Vital statistics of India. Vol. VI, European troops 1870-79
Year: 1870
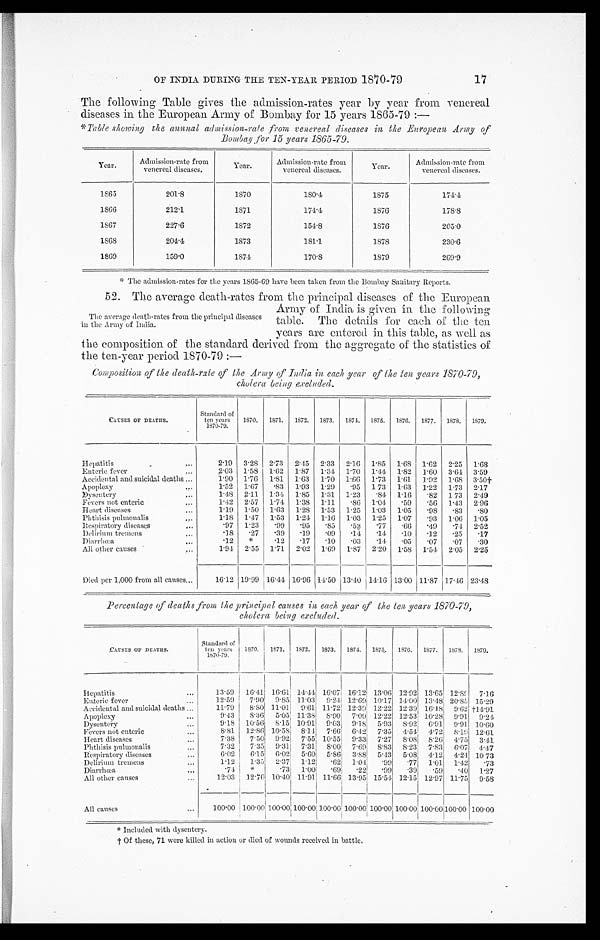
OF INDIA DURING THE TEN-YEAR PERIOD 1870-79
17
The following Table gives the admission-rates year by year from venereal
diseases in the European Army of Bombay for 15 years 1865-79 :—
*Table showing the annual admission-rate from venereal diseases in the European Army of
Bombay for 15 years 1865-79.
Year .
Admission-rate from
venereal diseases.
Year.
Admission-rate from
venereal diseases.
Year
Admission-rate from
venereal diseases.
1865
201.8
1870
180.4
1875
174.4
1866
212.1
1871
174.4
1 8 7 6
178.8
1867
227.6
1872
154.8
1876
205.0
1868
204.4
1873
181.1
1878
230.6
1869
159.0
1 8 7 4
1 7 0 . 8
1879
269.9
*The admission-rates for the years 1865-69 have been taken from the Bombay Sanitary Reports.
52. The average death-rates from the principal diseases of the European
Army of India is given in the following
The average death-rates from the principal diseases
table.
The details for each of the ten
in the Army of India.
years are entered in this table, as well as
the composition of the standard derived from the aggregate of the statistics of
the ten-year period 1870-79 :—
Composition of the death-rale of the Army of India in each year of the ten years 1870-79,
cholera being excluded.
CAUSES OF DEATHS.
Standard of
ten years
1870-79.
1870.
1871.
1872.
1873.
1874.
1875.
1876.
1877.
1878.
1879.
Hepatitis
...
2.19 3.28 2.73 2.45 2.33 2.16 1.85 1.68 1.62 2.25 1.68
Enteric fever
...
2.03 1.58 1.62 1.87 1.34 170 1.44 1.82 1.60 3.64 3.59
Accidental and suicidal deaths ...
1.90 1.76 1.81 1.63 1.70 1.66 1.73 1.61 1 .92 1.68 3.50t
Apoplexy
...
1.52 1.67
.83 1.93 1.29
.95 1.73 1.63 1.22 1.73 2.17
Dysentery ...
1.48 2.. 1 1 1.34 1.85 1.31 1.23
.84 1 . 16 .82 1.73 2.49
Fevers not enteric...
1.42 2.57 1.74 1.38 1.11
.86 1.04
.59
.56 1 .43 2.96
Heart diseases
. . .
1.19 1.50 1.63 1..28 1.53 1.25 1.03 1.05
.98
.83
.80
Phthisis pulmonalis
...
1.18 1.47 1.53 1 . 24 1.16 1.03 1.25 1.07
.93 1.06 1.05
Respiratory diseases ...
.97 1.23
.99
.95
.85
.52
.77
. 6 6 .49
.74 2.52
Delirium tremens
...
18
.27
.39
.19
.09
.11
.14
.10
.12
.25
.17
Diarrhœa
...
.12
*
.12
.17
.1.0
.03
.14 .05
.07
.07
.30
All other causes...
1.94 2.55 1.71 2.. 0 2 1.69 1.87 2.20 1.58 1.54 2.05 2.25
Died per 1,000 from all causes...
16.12 19.99 i 16.44 16 . 96 14.50 13.40 14.16 13.00 11.87 17.16 23.48
Percentage of deaths front the principal causes in eachc year of the ten years 1870-79,
cholera being excluded.
CAUSES OP DEATHS.
Standard of
t en
y e a r s
1870-79.
1870.
1871.
1872.
1873.
1874.
1875.
1876.
1877.
1878.
1879.
Hepatitis ...
13.59 16.41 16.61 14.41 16. 07 16 . 12 13.06 12.92 1.3.65 1.2.89 7. 16
Enteric fever...
12.59
7.90 9.85 11.03 9. 24 12 . 69 10.17 14.00 13.48 20.85 15.29
Accidental and suicidal deaths ...
11.79
8.80 11 . 01 9.61 11.72 12.39 1.2 . 22 12 . 30 16. 18 9.62
†
14.91
Apoplexy
...
9.43
8.36 5 .05 11 . 38 8.90 7.09'
1 2 . 2 2 12.53 10. 28 0.91 9. 24
Dysentery
...
9..18 10. 56 8 . 15 10.91 9.03 9 . 18 5 . 93 8.92 6.91 9.91 10.60
Fevers not enteric
...
8.81 12 . 80 10 . 58 8 . 14 7'66 6.42 7.35 4. 54 4.72 8. 19' 12.61
Heart diseases
...
7.38
7.50 9.92 7.55 10.55 9.33 7.27 8.08 8.26 4. 75 3.41
Phthisis pulmonalis
...
7.32
7.35 9 . 31 7.31 8.00 7 .69 8.83 8.23 7.83 6.07 4.47
Respiratory diseases ...
6.02
6.15 6. 02 5.60 5 . 86 3 . 88; 5.43 5 .08 4.12 4.24 10 73
Delirium tremens
...
1.12
1.35
2.37 1.12
.62 1 .04 ;
.99
.77
1.01 1.42
.73
Diarrhœa
...
. 7 4
* .73 1.00
.69
.22 ;
. 9 9 .39
.59
..40 1.27
All other causes
...
12.03 12 . 76 10 . 40 11.91 11 . 66 13.95
1 5 . 5 4 12.15 12.97 11.75 9.58
All causes
...
100.0
100.00 100.00 100.00 100.00 100.00 100.00 100.00
1 0 0 . 0 0
100.00
100.00
* I n c l u d e d w i t h d y s e n t e r y .
t Of th ese, 71 were killed in action or died of wounds received in battle.